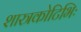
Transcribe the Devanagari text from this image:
शास्त्रकोटिभिः